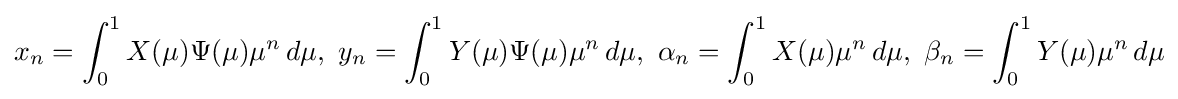
x_{n}=\int _{0}^{1}X(\mu )\Psi (\mu )\mu ^{n}\,d\mu ,\ y_{n}=\int _{0}^{1}Y(\mu )\Psi (\mu )\mu ^{n}\,d\mu ,\ \alpha _{n}=\int _{0}^{1}X(\mu )\mu ^{n}\,d\mu ,\ \beta _{n}=\int _{0}^{1}Y(\mu )\mu ^{n}\,d\mu